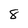
Character: 8